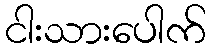
ငါးသားပေါက်